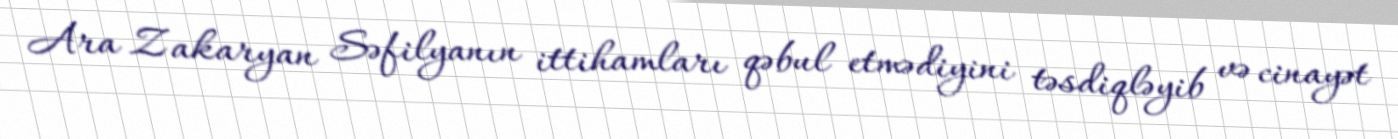
Ara Zakaryan Səfilyanın ittihamları qəbul etmədiyini təsdiqləyib və cinayət